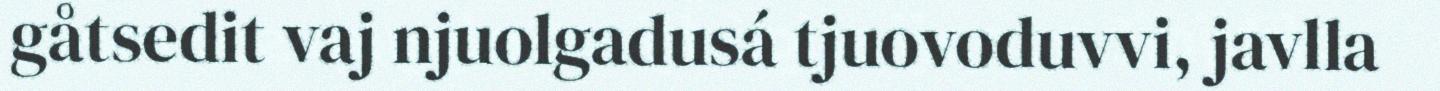
gåtsedit vaj njuolgadusá tjuovoduvvi, javlla